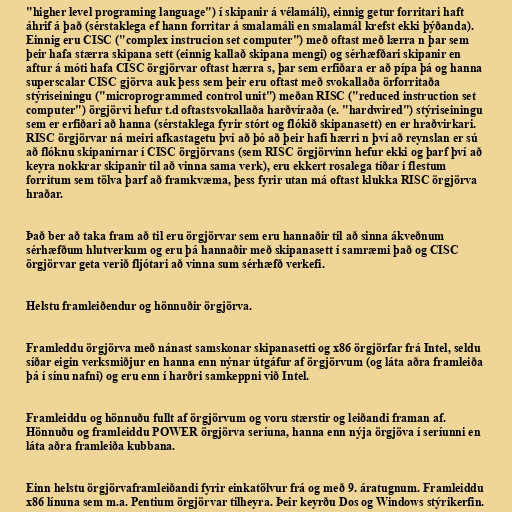
"higher level programing language") í skipanir á vélamáli), einnig getur forritari haft
áhrif á það (sérstaklega ef hann forritar á smalamáli en smalamál krefst ekki þýðanda).
Einnig eru CISC ("complex instrucion set computer") með oftast með lærra n þar sem
þeir hafa stærra skipana sett (einnig kallað skipana mengi) og sérhæfðari skipanir en
aftur á móti hafa CISC örgjörvar oftast hærra s, þar sem erfiðara er að pípa þá og hanna
superscalar CISC gjörva auk þess sem þeir eru oftast með svokallaða örforritaða
stýriseiningu ("microprogrammed control unit") meðan RISC ("reduced instruction set
computer") örgjörvi hefur t.d oftastsvokallaða harðvíraða (e. "hardwired") stýriseiningu
sem er erfiðari að hanna (sérstaklega fyrir stórt og flókið skipanasett) en er hraðvirkari.
RISC örgjörvar ná meiri afkastagetu því að þó að þeir hafi hærri n því að reynslan er sú
að flóknu skipanirnar í CISC örgjörvans (sem RISC örgjörvinn hefur ekki og þarf því að
keyra nokkrar skipanir til að vinna sama verk), eru ekkert rosalega tíðar í flestum
forritum sem tölva þarf að framkvæma, þess fyrir utan má oftast klukka RISC örgjörva
hraðar.

Það ber að taka fram að til eru örgjörvar sem eru hannaðir til að sinna ákveðnum
sérhæfðum hlutverkum og eru þá hannaðir með skipanasett í samræmi það og CISC
örgjörvar geta verið fljótari að vinna sum sérhæfð verkefi.

Helstu framleiðendur og hönnuðir örgjörva.

Framleddu örgjörva með nánast samskonar skipanasetti og x86 örgjörfar frá Intel, seldu
síðar eigin verksmiðjur en hanna enn nýnar útgáfur af örgjörvum (og láta aðra framleiða
þá í sínu nafni) og eru enn í harðri samkeppni við Intel.

Framleiddu og hönnuðu fullt af örgjörvum og voru stærstir og leiðandi framan af.
Hönnuðu og framleiddu POWER örgjörva seríuna, hanna enn nýja örgjöva í seríunni en
láta aðra framleiða kubbana.

Einn helstu örgjörvaframleiðandi fyrir einkatölvur frá og með 9. áratugnum. Framleiddu
x86 línuna sem m.a. Pentium örgjörvar tilheyra. Þeir keyrðu Dos og Windows stýrikerfin.